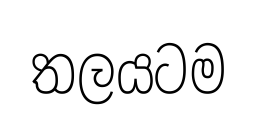
තලයටම